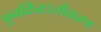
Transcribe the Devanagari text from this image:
पुनर्क्रिस्टलीकरण